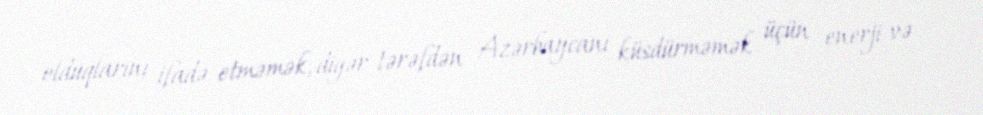
olduqlarını ifadə etməmək, digər tərəfdən Azərbaycanı küsdürməmək üçün enerji və